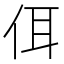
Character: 佴